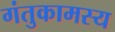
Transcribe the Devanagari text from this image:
गंतुकामस्य